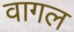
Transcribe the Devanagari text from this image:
वागल